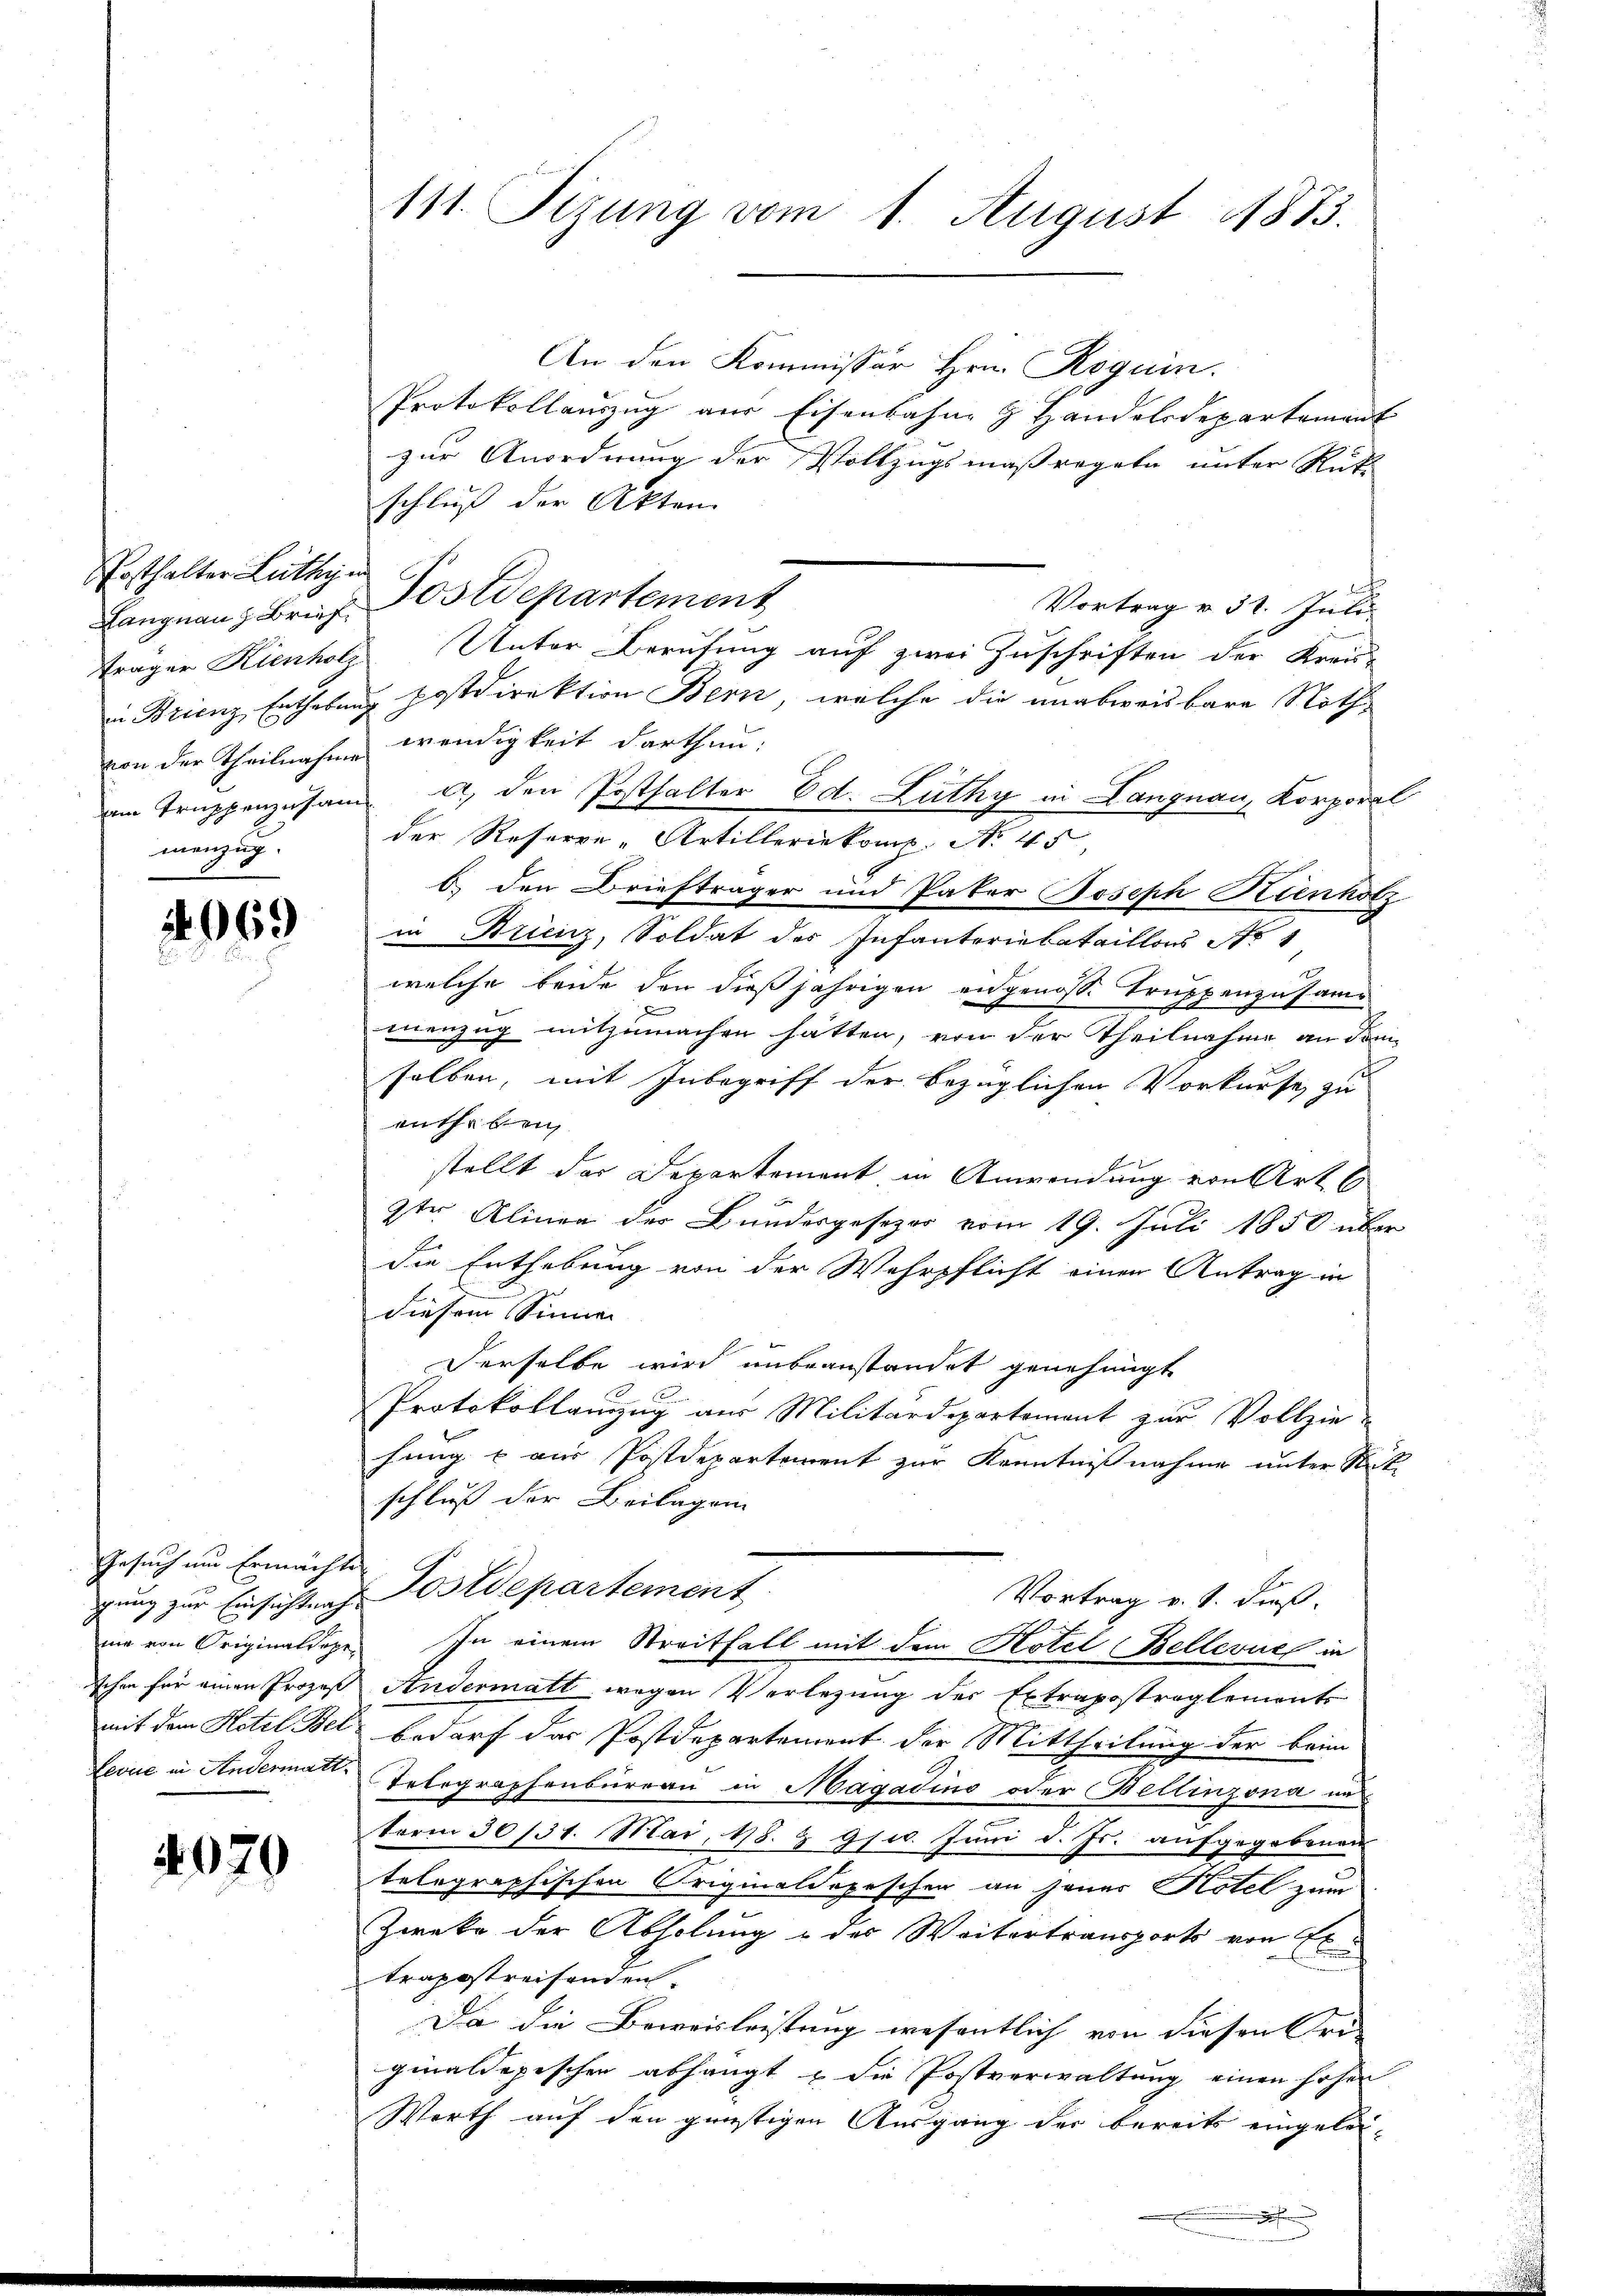
Ersthalter Lüthy in
menzug.

2069

Gesuch um Ermächte

4070

111. Sizung vom 1. August 1873.

An den Kommissor Hrn. Roguin.
Protokollaŭszŭg aŭs Eisenbahn & Handelsdepartement
zur Anordnung der Vollzugsmaßregeln unter Rüti
schluß der Akten.
Vortrag v. 31. Juli.
Träger Kienholz, Unter Berufung auf zwei Zuschriften der Kreis-
in Brienz Enthebung Postdirektion Bern, welche die unabweisbare Nothvon der Theilnahme wendigkeit darthun.
em Truppenzusame u. den Posthalter Ed. Lüthy in Langnau, Korporal
der Reserve-Artilleriekomp Nr. 45
b.) den Briefträger und Pater Joseph Kienholz
in Arienz, Soldat des Infanteriebataillons Nr 1
welche beide den dießjährigen angenosse Truppenzusammenzug mitzumachen hätten, von der Theilnahme an dem
selben, mit Inbegriff der bezüglichen Vorkurse zu
entheben
stellt das Departement in Anwendung von Art. 6
2ter Aliner der Bundesgesezer vom 19. Juli 1850 über
die Enthebung von der Wehrpflicht einen Antrag in
diesem Sinnen
Derselbe wird unbeanstandet genehmigt
Protokollanzzug aus Militärdepartement zur Vollzie-
hung & aus Postdepartement zur Kenntnißnahme unter Sit
schluß der Beilagen
gung zur Einsichtung Postdepartement
Vortrag v. J. dieß.
.
me von Originaldeper. In einem Streitfall mit dem Hotel Bellevue in
schen für einen Prozeß Andermatt wegen Verlegung der Extrapostreglements
mit dem Hotel Bel bedarf das Postdepartement der Mittheilung der beim
Levue in Andermatt. Telegraphenbüreau in Magadino oder Bellinzona un
term 30131. Mai 198. & 9. Juni d. Js. aufgegebenen
telegraphischen Originaldopeschen an jenes Hotel zum
Zweke der Abholung u des Weitertransports von Extrapostreifenden.
Da die Beweisleistung wesentlich von diesen Bri
ginaldepischen abhängt u die Postverwaltung einen hohen
Werth auf den günstigen Ausgang der bereits eingelei¬

Langnau & Brief Postdepartement